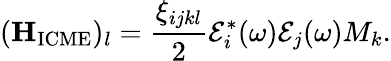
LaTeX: (\mathbf{H}_{\mathrm{ICME}})_{l}=\frac{\xi_{ijkl}}{2}\mathcal{E}_{i}^{*}(\omega)\mathcal{E}_{j}(\omega)M_{k}.